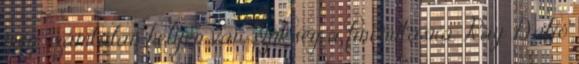
még számtalan helyen van szükség a finomításra. Ray Dalio